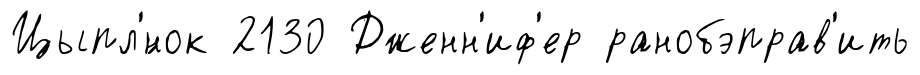
Цыпл'́нок 2130 Дженн'иф'ер ранобэправ'ить